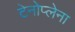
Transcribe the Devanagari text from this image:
टेनोप्लेना